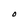
Character: 0